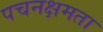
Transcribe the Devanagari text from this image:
पचनक्षमता